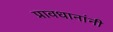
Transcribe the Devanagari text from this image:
प्रावधानांनी